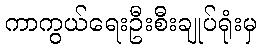
ကာကွယ်ရေးဦးစီးချုပ်ရုံးမှ